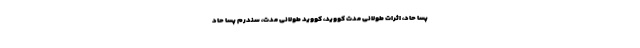
پسا حاد، اثرات طولانی مدت کووید، کووید طولانی مدت، سندرم پسا حاد